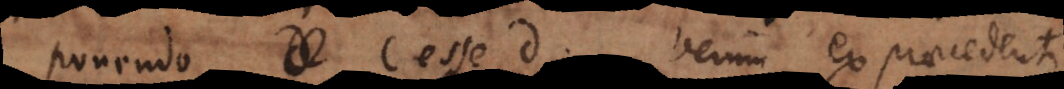
ponendo c esse d. Verum ex praecedenti